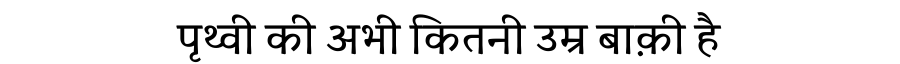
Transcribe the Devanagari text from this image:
पृथ्वी की अभी कितनी उम्र बाक़ी है